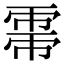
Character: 𢄀